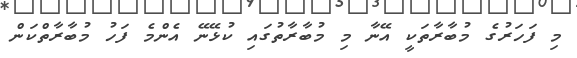
މި ފަހަރުގެ މުބާރާތަކީ އޭނާ މި މުބާރާތުގައި ކުޅޭނޭ އެންމެ ފަހު މުބާރާތްކަން